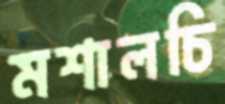
মশালচি